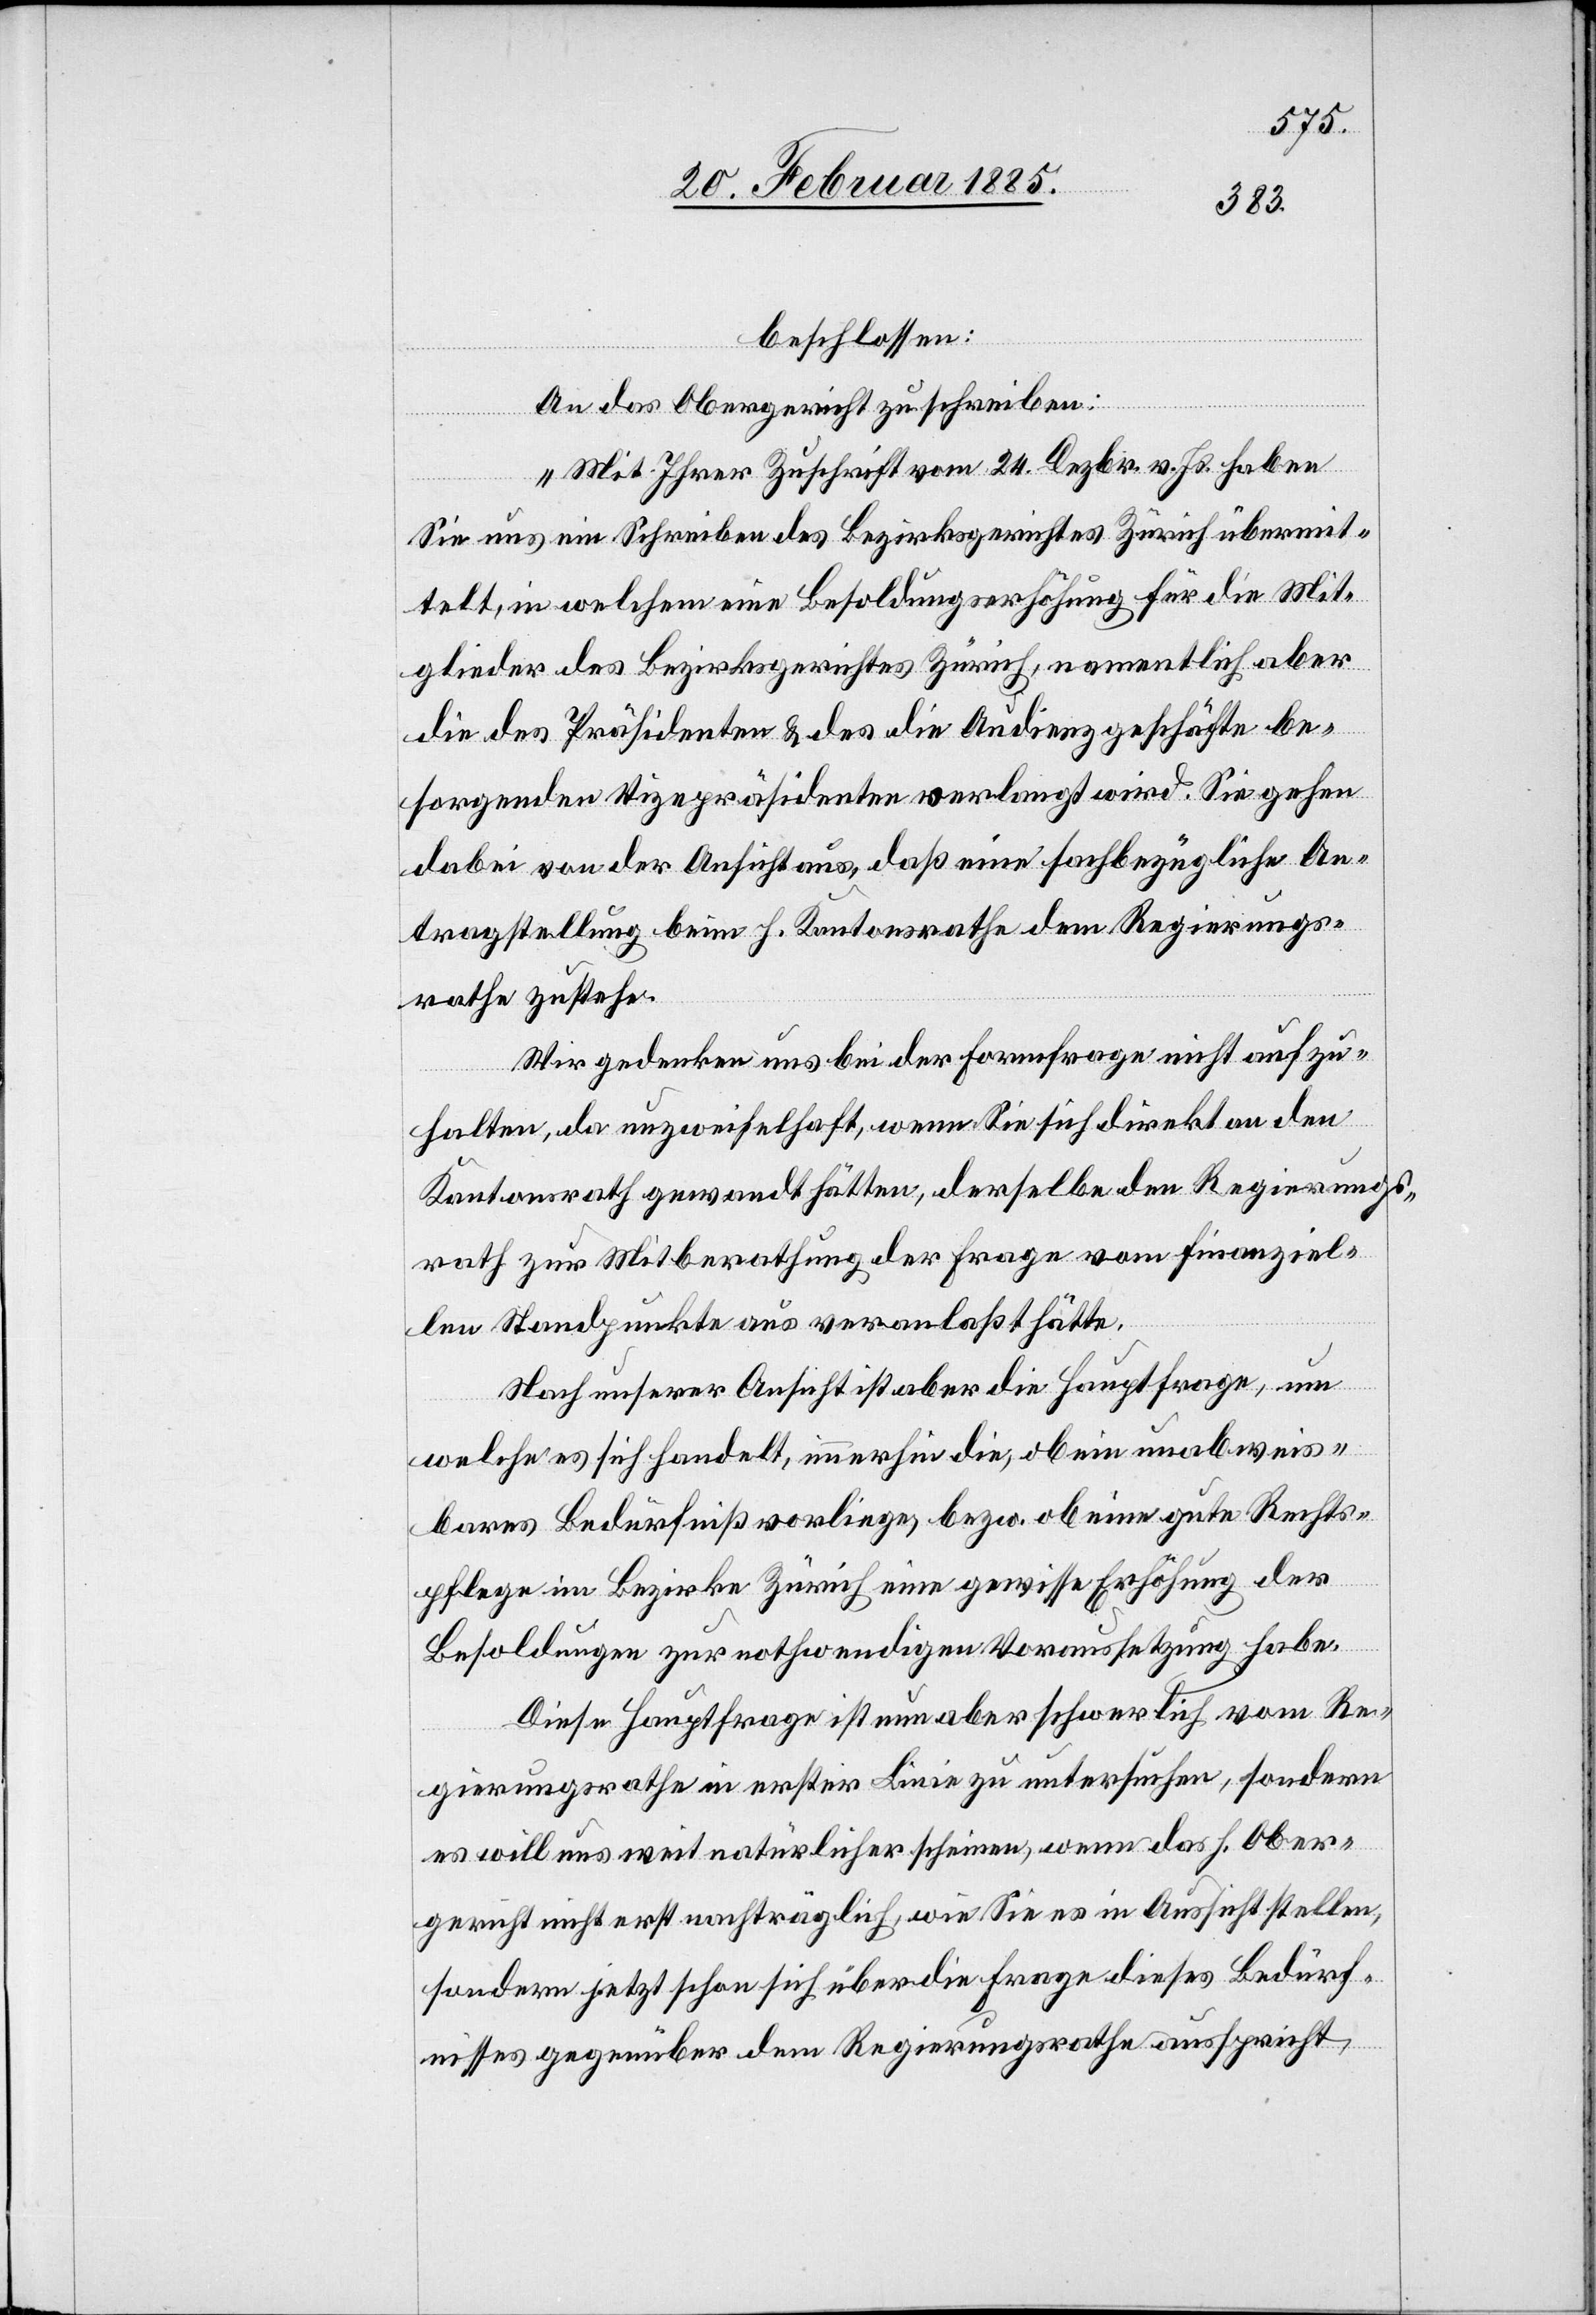
beschlossen:
An das Obergericht zu schreiben:
„Mit Ihrer Zuschrift vom 24. Dezbr. v. Js. haben
Sie uns ein Schreiben des Bezirksgerichtes Zürich übermit¬
telt, in welchem eine Besoldungserhöhung für die Mit¬
glieder des Bezirksgerichtes Zürich, namentlich aber
die des Präsidenten & des die Audienzgeschäfte be¬
sorgenden Vizepräsidenten verlangt wird. Sie gehen
dabei von der Ansicht aus, daß eine sachbezügliche An¬
tragstellung beim h. Kantonsrathe dem Regierungs¬
rathe zustehe.
Wir gedenken uns bei der Formfrage nicht aufzu¬
halten, da unzweifelhaft, wenn Sie sich direkt an den
Kantonsrath gewandt hätten, derselbe den Regierungs¬
rath zur Mitberathung der Frage vom finanziel¬
len Standpunkte aus veranlaßt hätte.
Nach unserer Ansicht ist aber die Hauptfrage, um
welches es sich handelt, immerhin die, ob ein unabweis¬
bares Bedürfniß vorliege, bezw. ob eine gute Rechts¬
pflege im Bezirke Zürich eine gewisse Erhöhung der
Besoldungen zur nothwendigen Voraussetzung habe.
Diese Hauptfrage ist nun aber schwerlich vom Re¬
gierungsrathe in erster Linie zu untersuchen, sondern
es will uns weit natürlicher scheinen, wenn das h. Ober¬
gericht nicht erst nachträglich, wie Sie es in Aussicht stellen,
sondern jetzt schon sich über die Frage dieses Bedürf¬
nisses gegenüber dem Regierungsrathe ausspricht,